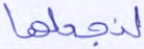
لنجعلها